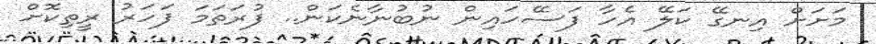
މަށަށް އިނގޭ ކަލޭ އެހާ ފަސޭހައިން ނުބުނާނެކަން.. ފުރަތަމަ ފަހަރު ރީތިކޮށް